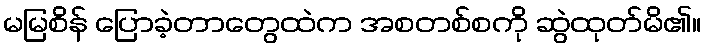
မမြစိန် ပြောခဲ့တာတွေထဲက အစတစ်စကို ဆွဲထုတ်မိ၏။